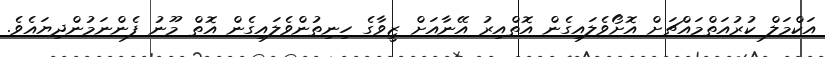
އަކްމަލް ކުރުއަތްމައްޗަށް އޮށޯވެލައިގެން އޮތްއިރު އޭނާއަށް ޒީވާގެ ހިނިތުންވެލައިގެން އޮތް މޫނު ފެންނަމުންދިޔައެވެ.